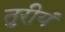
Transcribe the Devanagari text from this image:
तुरीयं